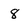
Character: 8